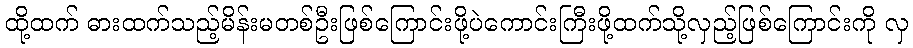
ထို့ထက် ဓားထက်သည့်မိန်းမတစ်ဦးဖြစ်ကြောင်းဖို့ပဲကောင်းကြီးဖို့ထက်သို့လှည့်ဖြစ်ကြောင်းကို လှ